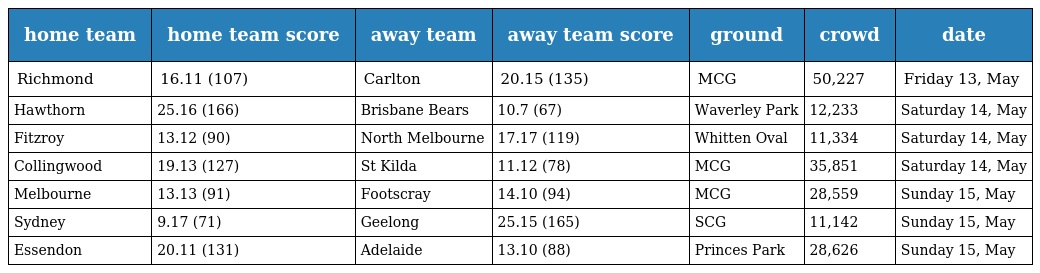
| home team | home team score | away team | away team score | ground | crowd | date |
 | --- | --- | --- | --- | --- | --- | --- |
 | Richmond | 16.11 (107) | Carlton | 20.15 (135) | MCG | 50,227 | Friday 13, May |
 | Hawthorn | 25.16 (166) | Brisbane Bears | 10.7 (67) | Waverley Park | 12,233 | Saturday 14, May |
 | Fitzroy | 13.12 (90) | North Melbourne | 17.17 (119) | Whitten Oval | 11,334 | Saturday 14, May |
 | Collingwood | 19.13 (127) | St Kilda | 11.12 (78) | MCG | 35,851 | Saturday 14, May |
 | Melbourne | 13.13 (91) | Footscray | 14.10 (94) | MCG | 28,559 | Sunday 15, May |
 | Sydney | 9.17 (71) | Geelong | 25.15 (165) | SCG | 11,142 | Sunday 15, May |
 | Essendon | 20.11 (131) | Adelaide | 13.10 (88) | Princes Park | 28,626 | Sunday 15, May |